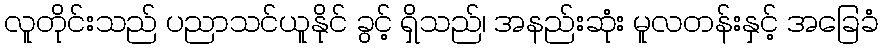
လူတိုင်းသည် ပညာသင်ယူနိုင် ခွင့် ရှိသည်၊ အနည်းဆုံး မူလတန်းနှင့် အခြေခံ